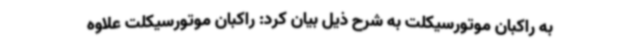
به راکبان موتورسیکلت به شرح ذیل بیان کرد: راکبان موتورسیکلت علاوه